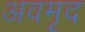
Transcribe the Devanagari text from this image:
अवमृद